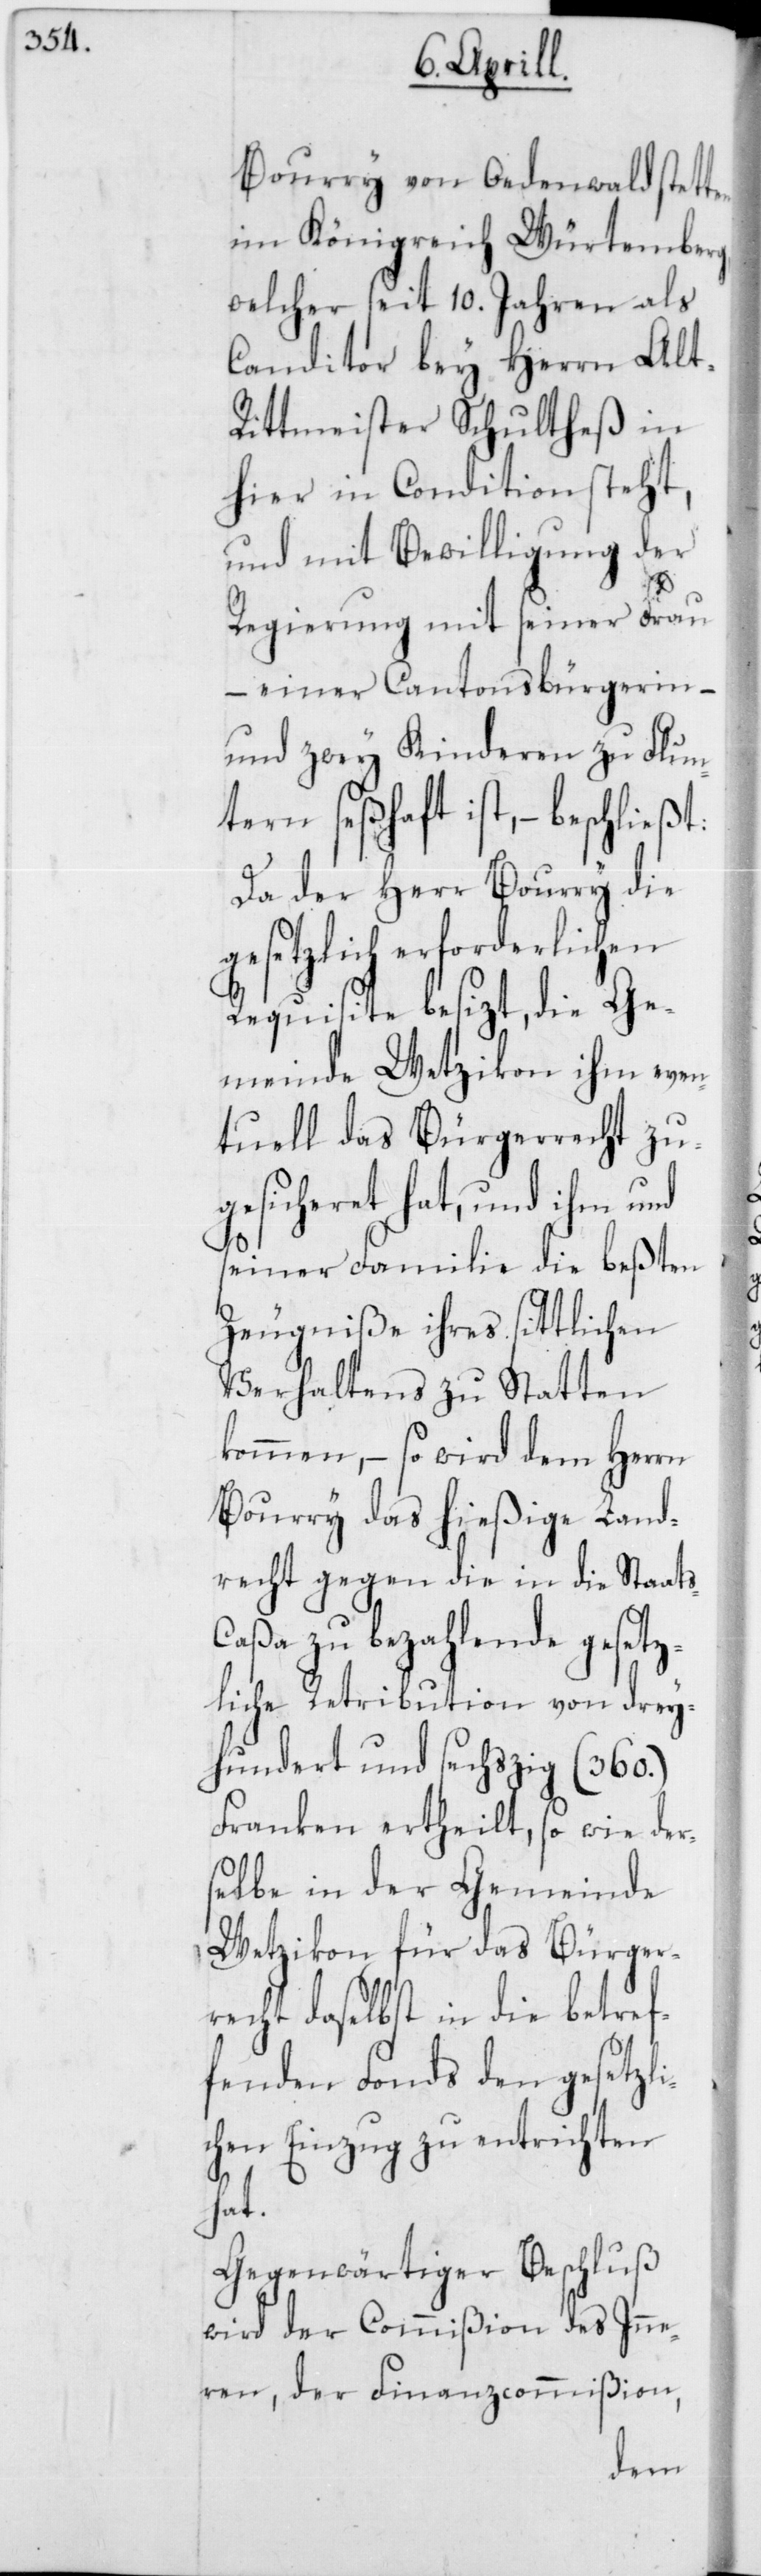
Bourry von Oedenwaldstetten
im Königreich Würtemberg,
welcher seit 10. Jahren als
Canditor bey Herrn Alt-R¬
ittmeister Schultheß in
hier in Condition steht,
und mit Bewilligung der
Regierung mit seiner Frau
– einer Cantonsbürgerin –
und zwey Kinderen zu Flun¬
tern seßhaft ist, – beschließt:
Da der Herr Bourry die
gesetzlich erforderlichen
Requisite besizt, die Ge¬
meinde Wetzikon ihm even¬
tuell das Bürgerrecht zu¬
gesicheret hat, und ihm und
s-C¬
seiner Familie die beßten
Zeugniße ihres sittlichen
Verhaltens zu Statten
kommen, – so wird dem Herrn
Bourry das hießige Land¬
recht gegen die in die Staat¬
aßa zu bezahlende gesetz¬
liche Retribution von drey¬
hundert und sechzig (360.)
Franken ertheilt, so wie der¬
selbe in der Gemeinde
Wetzikon für das Bürger¬
recht daselbst in die betref¬
fenden Fonds den gesetzli¬
chen Einzug zu entrichten
hat.
Gegenwärtiger Beschluß
wird der Commißion des Inne¬
ren, der Finanzcommißion,